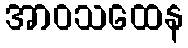
အာဝသထေန